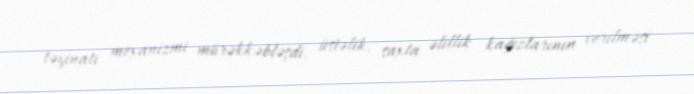
təyinatı mexanizmi mürəkkəbləşdi, üstəlik, saxta əlillik kağızlarının verilməsi